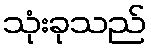
သုံးခုသည်